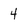
Character: 4